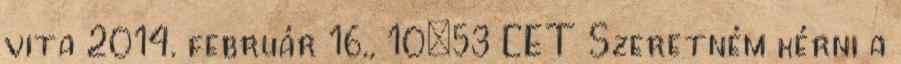
vita 2014. február 16., 10:53 CET Szeretném kérni a